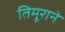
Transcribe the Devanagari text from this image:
तिमूराने